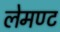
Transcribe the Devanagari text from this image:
लेमण्ट